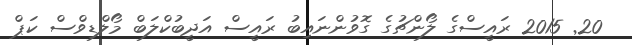
20